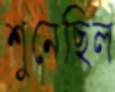
শুনেছিল